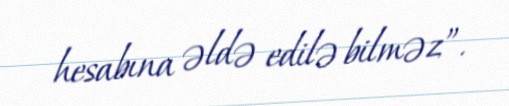
hesabına əldə edilə bilməz”.